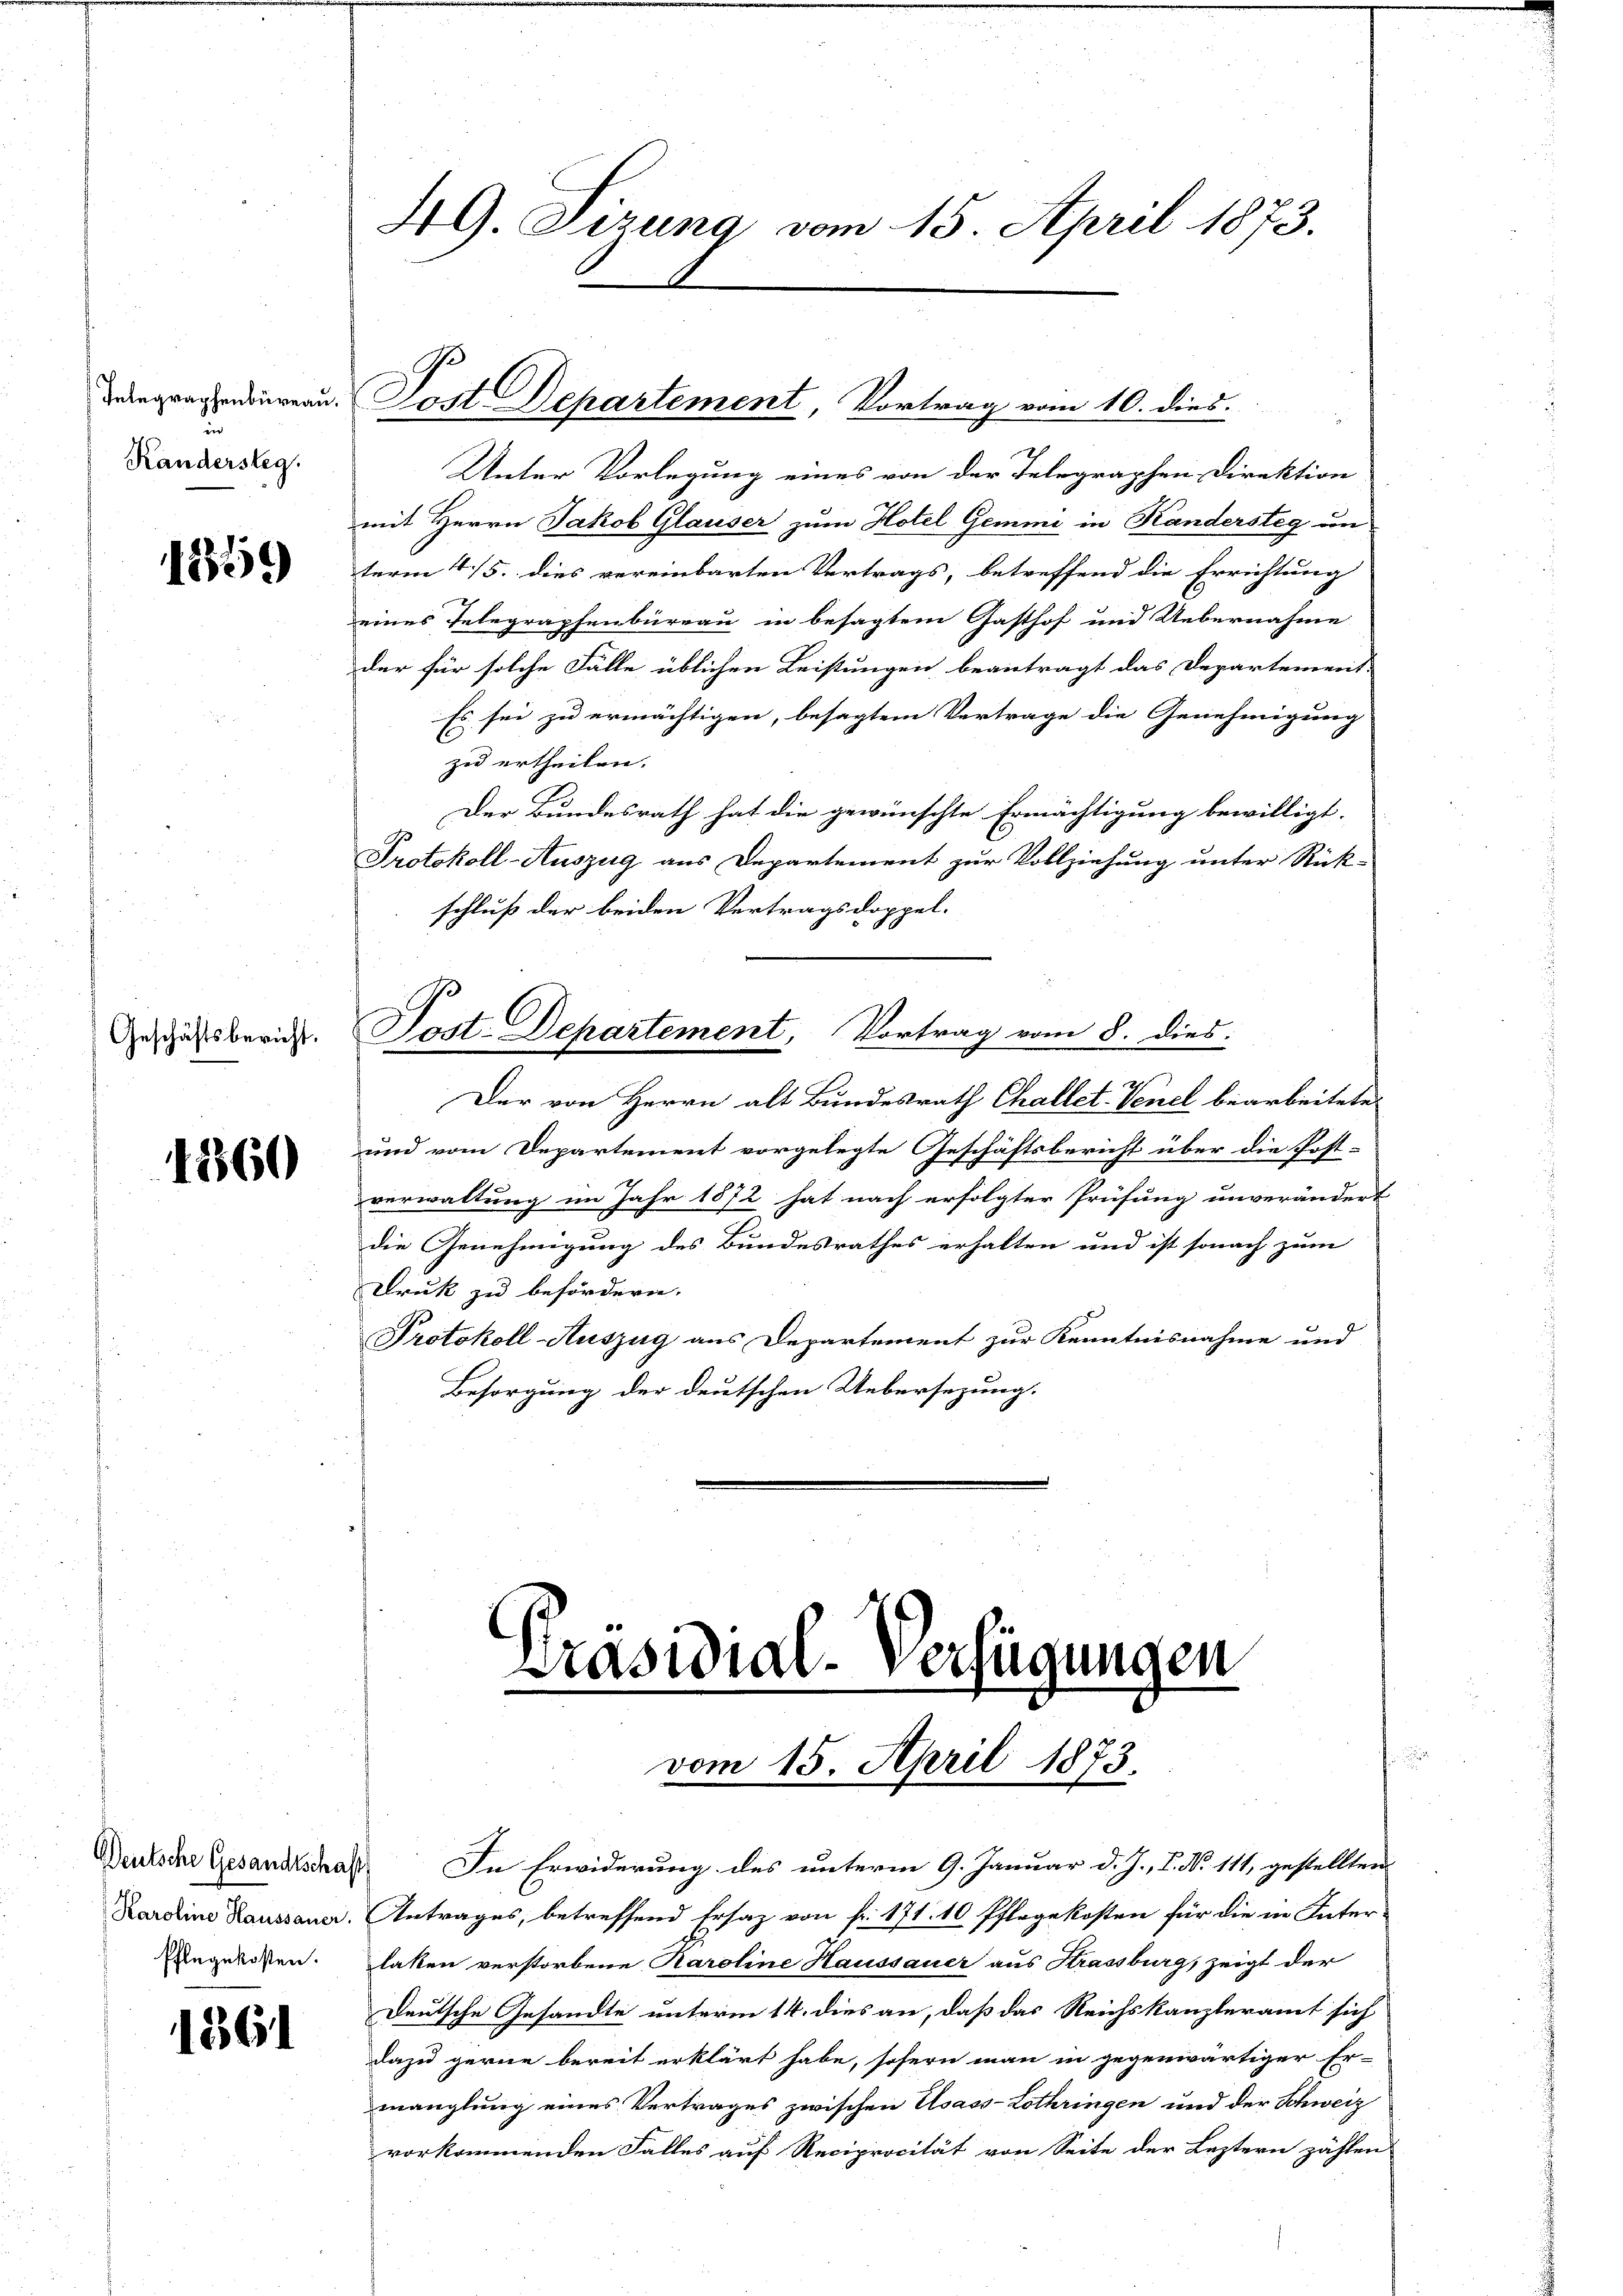
Integraphenbüreau
.
Kandersteg.

1859

1360

Ehlegekosten.

1861

49. Sizung vom 15. April 1873.

Fest Departement, Vortrag vom 10. dies

Unter Vorlegung eines von der Telegraphen Direktion
mit Herrn Jakob Glauser zum Hotel Gemini in Kandersteg un
term 4/5. dies vereinbarten Vertrags, betreffend die Errichtung
eines Telegraphenbureau in besagtem Gasthof und Uebernahme
der für solche Fälle üblichen Leistungen beantragt das Departement-
Es sei zu ermächtigen, besagtem Vertrage die Genehmigung
zu ertheilen.
Der Bundesrath hat die gewünschte Ermächtigung bewilligt.
Protokoll-Auszug aus Departement zur Vollziehung unter Rück-
schluß der beiden Vertragsdoppel.
Geschichtsberich. Post. Departement, Vortrag vom 8. dies.
Der von Herrn alt Bundesrath Challet-Venel bearbeitete
und vom Departement vorgelegte Geschäftsbericht über die Post-
verwaltung im Jahr 1872 hat nach erfolgter Prüfung unverändert
die Genehmigung des Bundesrathes erhalten und ist sonach zum
Druk zu befördern.
Protokoll-Auszug aus Departement zur Kenntnisnahme und
Besorgung der deutschen Uebersezung.

Präsidial-Verfügungen
.
vom 15. April 1873.

Deutsche Gesandtschaft In Erwiderung des unterm 9. Januar d. J., I. No 111, gestellten
Karolina Kaussauer. Antrages, betreffend Ersatz von fr. 171. 10 Pflegekosten für die in Inter-
laten verstorbene Karoline Haussauer aus Krassburg, zeigt der
Deutsche Gesandte unterm 14. dies an, daß das Reichskanzleramt sich
dazu gerne bereit erklärt habe, sofern man in gegenwärtiger Er-
manglung eines Vertrages zwischen Usass-Lothringen und der Schweiz
vorkommenden Falles auf Reciprocität von Seite der Leztern zählen